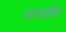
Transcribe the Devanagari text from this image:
पदस्‍थापित